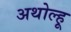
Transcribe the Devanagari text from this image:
अथोल्हू